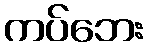
ကပ်ဘေး